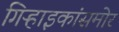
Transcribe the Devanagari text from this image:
गिऱ्हाइकांसमोर